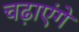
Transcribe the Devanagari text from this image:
चढ़ाएंगे